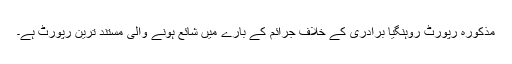
مذکورہ رپورٹ روہنگیا برادری کے خلاف جرائم کے بارے میں شائع ہونے والی مستند ترین رپورٹ ہے۔